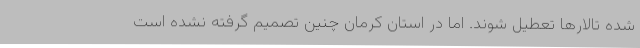
شده تالارها تعطیل شوند. اما در استان کرمان چنین تصمیم گرفته نشده است